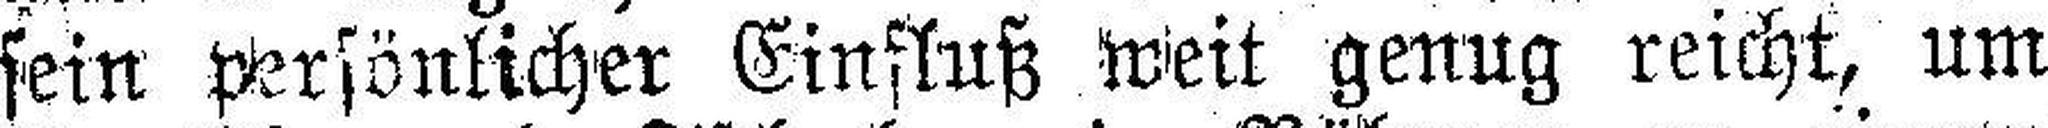
sein persönlicher Einfluß weit genug reicht, um